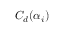
C _ { d } ( \alpha _ { i } )